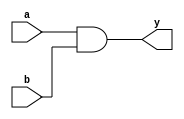
module simple_continuous_assignment(
    input wire a,
    input wire b,
    output wire y
);

// Continuous assignment to drive the output 'y' based on inputs 'a' and 'b'
assign y = a & b;  // 'y' is the logical AND of 'a' and 'b'

endmodule